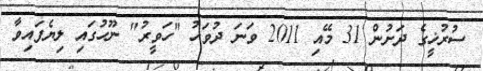
ސުރުޚީގެ ދަށުން 31 މޭއި 2011 ވަނަ ދުވަހު "ހަވީރު" ނޫހުގައި ލިޔެފައިވާ